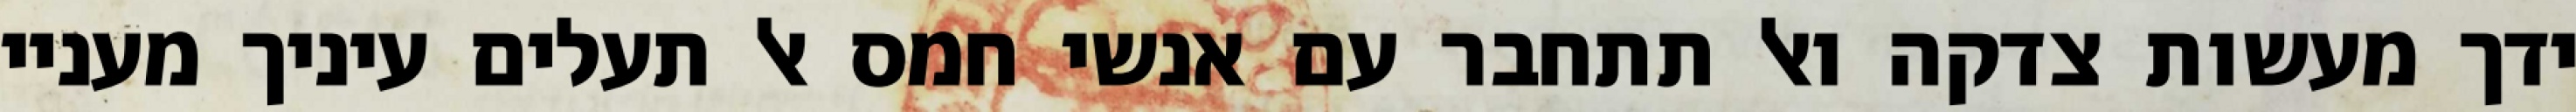
ידך מעשות צדקה ואל תתחבר עם אנשי חמס אל תעלים עיניך מעניי